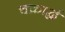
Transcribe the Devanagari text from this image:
चक्रार्द्ध